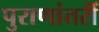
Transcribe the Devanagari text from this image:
पुराणांतरीं